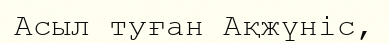
Асыл туған Ақжүніс,